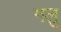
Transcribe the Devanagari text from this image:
गलु